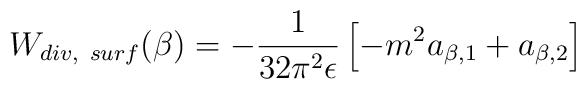
W_{div,~surf}(\beta)=-{1 \over 32\pi ^2\epsilon}\left[-m^2 a_{\beta,1} +a_{\beta, 2}\right]~~~